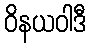
ဝိနယဝါဒီ